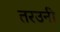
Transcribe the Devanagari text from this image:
तरउनी